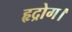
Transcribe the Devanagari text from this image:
हृद्रोग।